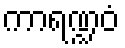
ကာရဏ္ဍဝံ